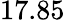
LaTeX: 17.85